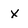
Character: x